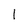
Character: 1